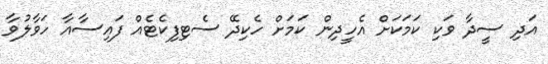
އަދި ސީދާ ވަކި ކަމަކަށް އެހީދިން ކަމަށް ހެކިދޭ ސެޓިފިކެޓެއް ފައިސާއާ ހަވާލުވާ